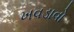
ખવડાવો